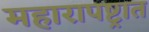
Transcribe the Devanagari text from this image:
महारापष्ट्रात